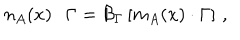
n _ { A } ( x ) \cdot \Gamma = { \cal B } _ { \Gamma } \left[ m _ { A } ( x ) \cdot \Gamma \right] \, ,